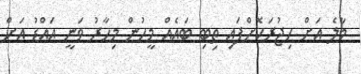
މާލެ އަށް ހިޖުރަކޮށްފައި ތިބި ބައެއް މީހުން މިހާރު ވަނީ އައްޑު އަށް